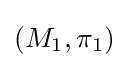
(M_{1},\pi _{1})